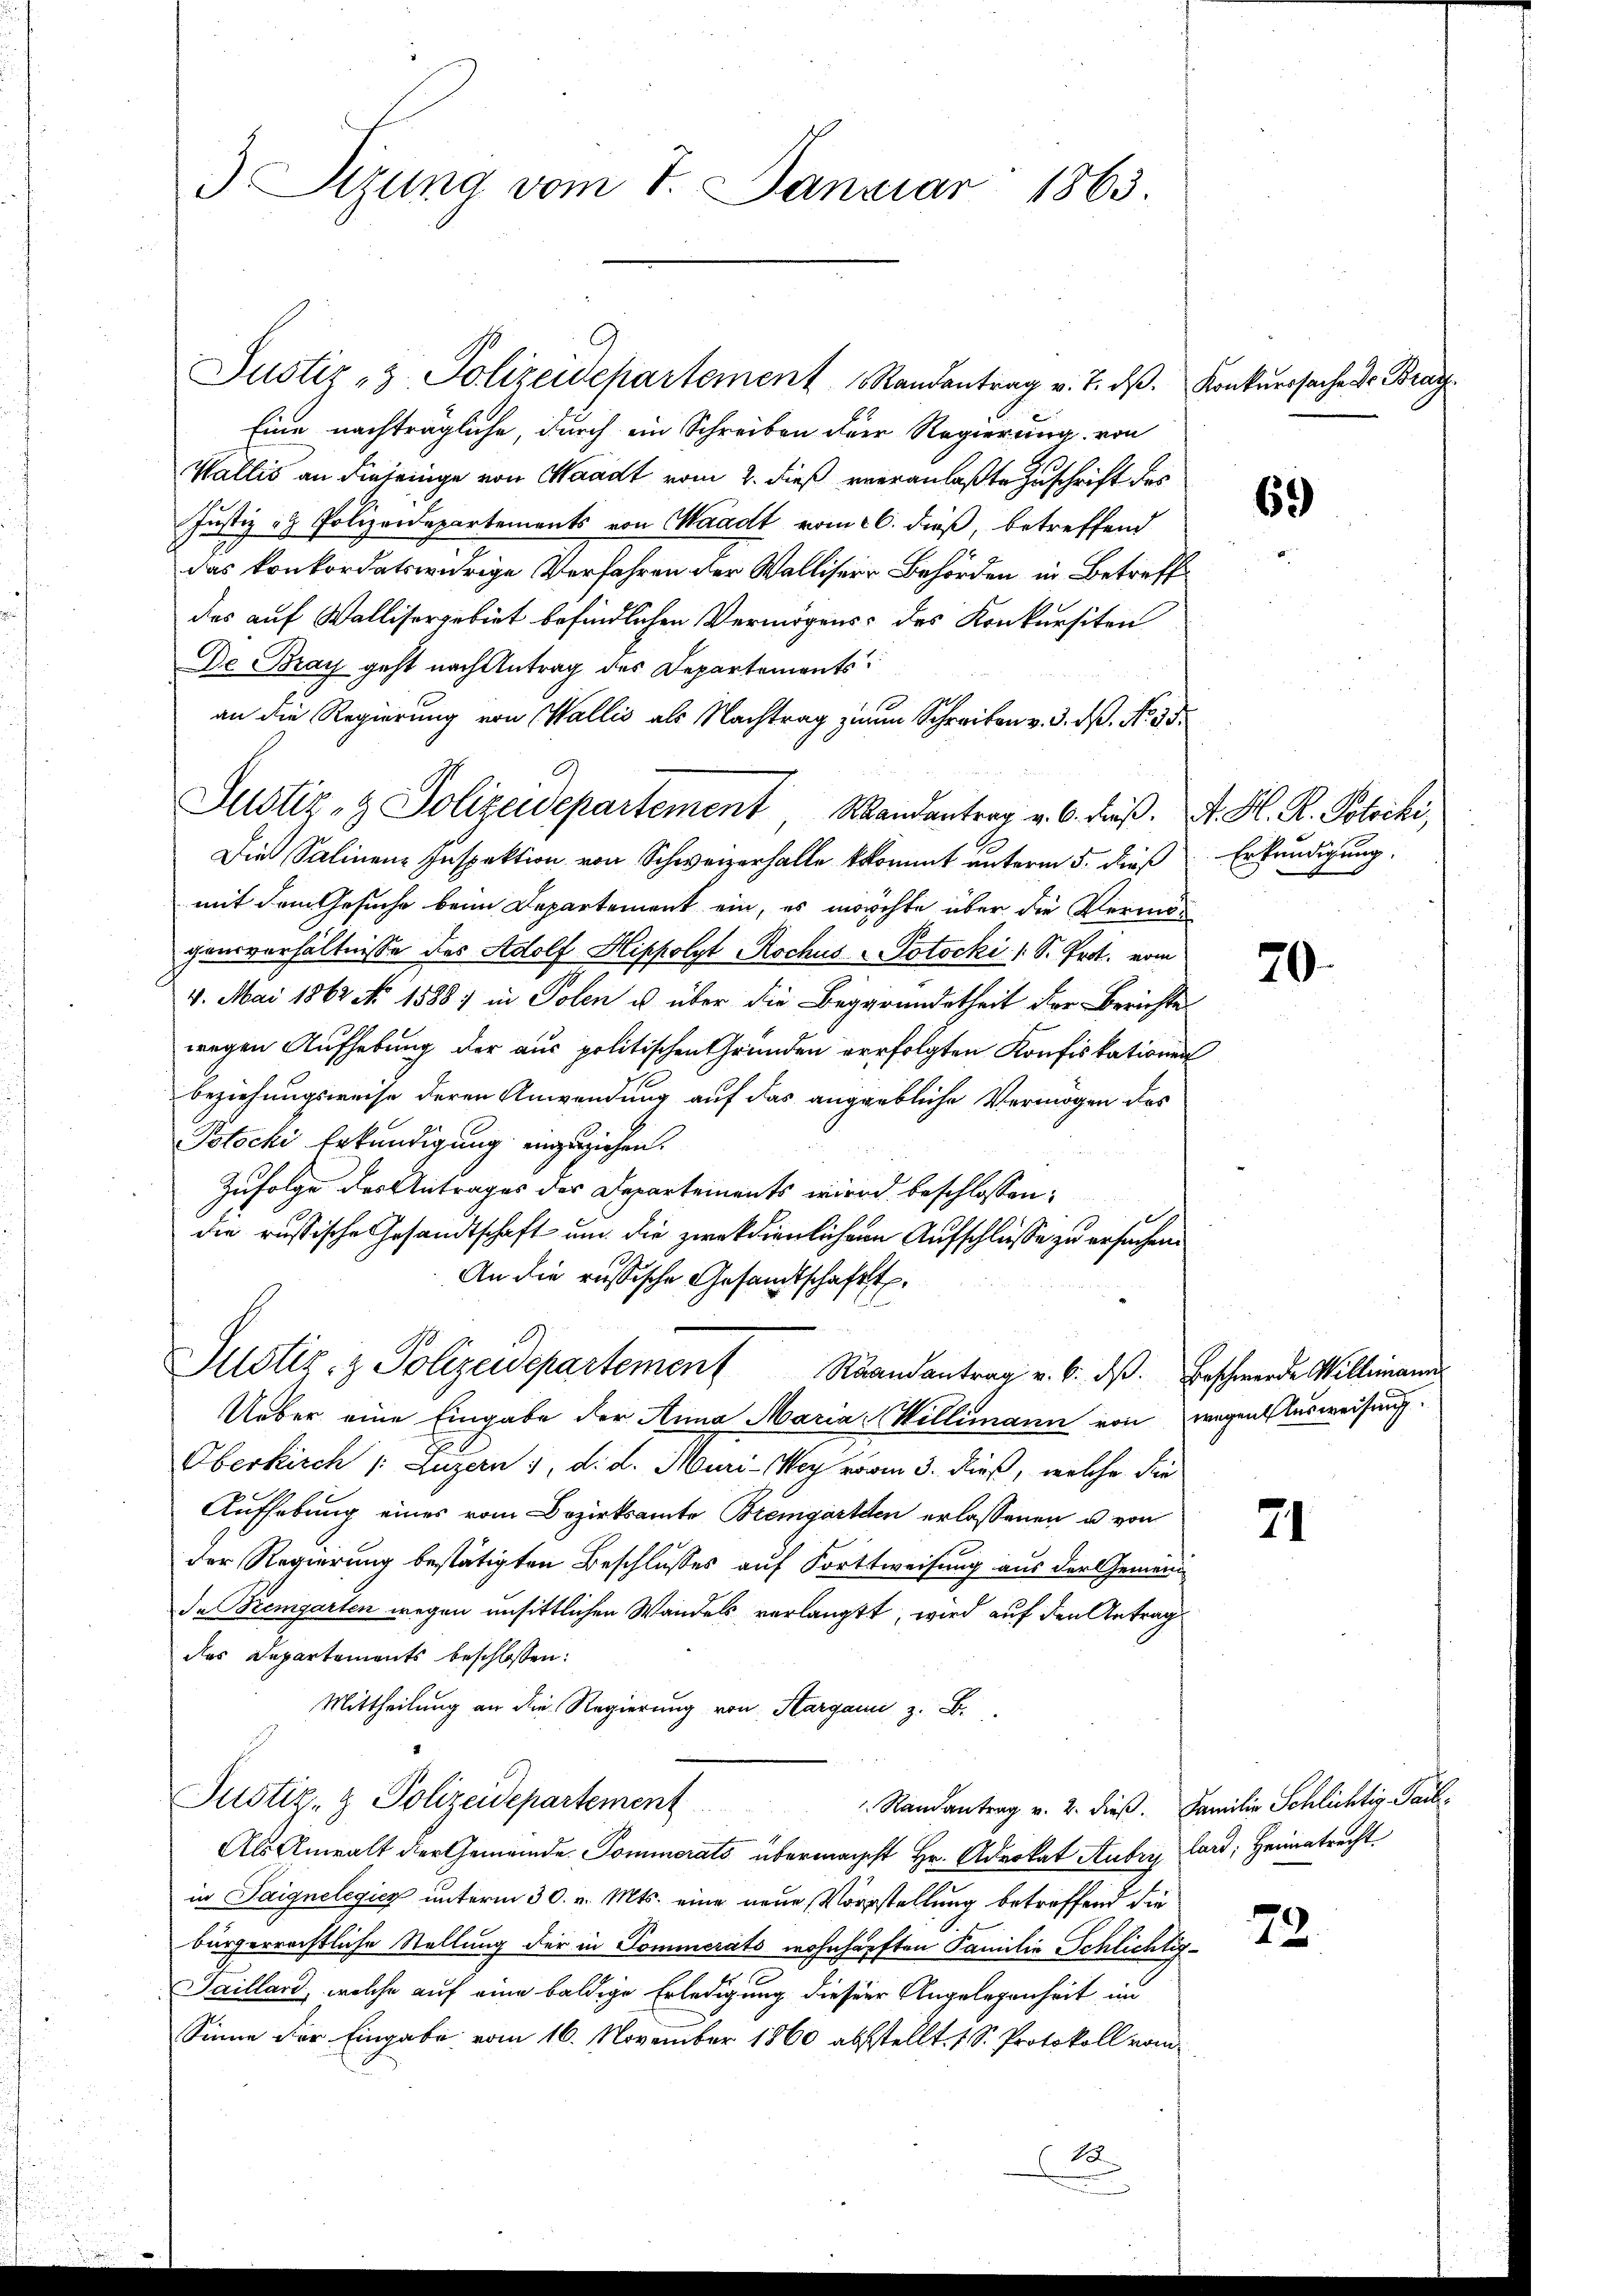
3) Sizung vom 7. Januar 1863.

Justiz- & Polizeidepartement   Randantrag v. 7. dβ. Konkurssachen Bran¬
Eine nachträgliche, durch ein Schreiben der Regierung von
Wallis an diejenige von Waadt vom 2. dieß veranlaßte Zuschrift des
Justiz & Polizeidepartements von Waadt vom 26. dieß, betreffend
das konkordatswidrige Verfahren der Walliser Behörden in Betreff
das auf Wallisergebiet befindlichen Vermögens des Konkursiten
De Bray geht nach Antrag des Departements
an die Regierung von Wallis als Nachtrag zum Schreiben v. 3. dß. No. 35.
Justiz- & Polizeidepartement Mandantrag v. 6. dieß. A. H. R. Polecki,
Die Salinen Inspektion von Schweizerhalle kommt unterm 5. dieß
mit dem Gesuche beim Departement ein, es möchte über die Vermögensverhältnisse des Adolf Hippolyt Rochus Jotocki 1 S. Prot. vom
4. Mai 1862 No 1588 in Solen u über die Begründetheit der Berichte
wegen Aufhebung der aus politischen Gründen verfolgten Konfiskationen
beziehungsweise deren Anwendung auf das angebliche Vermögen des
Potschi Erkundigung einzuziehen.
Zufolge des Antrages des Departements wird beschlossen:
die russische Gesandtschaft um die zweckdienlichen Aufschlüsse zu ersuchen.
An die russische Gesandtschaft.
Justiz- & Polizeidepartement Raandantrag v. 6. ds. Erschwerde Willimann
Ueber eine Eingabe der Anna Maria Willimann von
Oberkirch /: Luzern 1, d. d. Muri-Wey vom 3. dieß, welche die
Aufhebung eines vom Bezirksamte Bremgarten erlassenen u. von
der Regierung bestätigten Beschlusses auf Fortsweisung aus der Gemein¬
Ie Bremgarten wegen unsittlichen Wandels verlangtt, wird auf den Antrag
das Departements beschlossen:
Mittheilung an die Regierung von Sargann z. B.
Justiz- & Polizeidepartement
 Randantrag v. 2. dieß. Familie Schlichtig Paul¬
Als Anwalt der Gemeinde Pommerats übermachst Hr. Advokat Aubry Lard; Heimatrecht
in Taignelegicz unterm 30. v. Mts. eine neue Vorstellung betreffend die
bürgerrechtliche Stellung der in Pommerats wohnhärften Familie Schlichtig¬
Saillard, welche auf eine baldige Erledigung dieser Angelegenheit im
Sinne der Eingabe vom 16. November 1860 absstellt. 1 S. Protokoll vom
x

69)

Erkundigung.

20

wegen Ausweisung.

71

72.